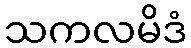
သကလမိဒံ